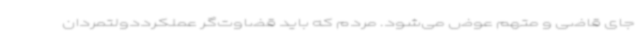
جای قاضی و متهم عوض می‌شود. مردم که باید قضاوت‌گر عملکرددولتمردان